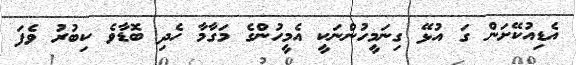
އެޑިއުކޭށަން ގަ އުޅޭ ގިނަމީހުންނަކީ އެމީހުންގެ މަގާމާ ހެދި ބޮޑާވެ ކިބުރު ވެފަ